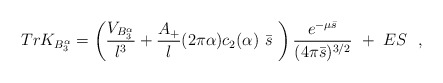
\begin{align*}Tr K_{B_3^{\alpha}}=\left( {V_{B_3^{\alpha}}\over l^3}+{A_+\over l}(2\pi\alpha )c_2(\alpha )~\bar{s}~ \right){e^{-\mu\bar{s}}\over (4\pi \bar{s})^{3/2}}~ +~ES~~,\end{align*}